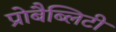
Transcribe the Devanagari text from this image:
प्रोबैब्लिटी